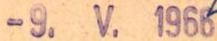
-9. V. 1966